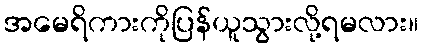
အမေရိကားကိုပြန်ယူသွားလို့ရမလား။